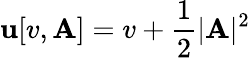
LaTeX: \mathbf{u}[v,\mathbf{{A}}]=v+\frac{1}{2}\vert\mathbf{{A}}\vert^{2}